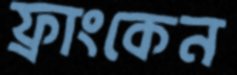
ফ্রাংকেন